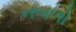
નબળો